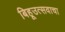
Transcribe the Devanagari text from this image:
बिहूउत्सवाचा